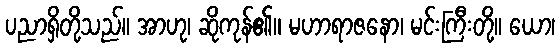
ပညာရှိတို့သည်။ အာဟု၊ ဆိုကုန်၏။ မဟာရာဇနော၊ မင်းကြီးတို့။ ယော၊